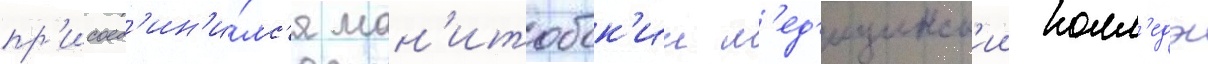
пр'исоед'ин'и́лс'я ман'итобск'ии м'ед'ицинск'ии колл'едж